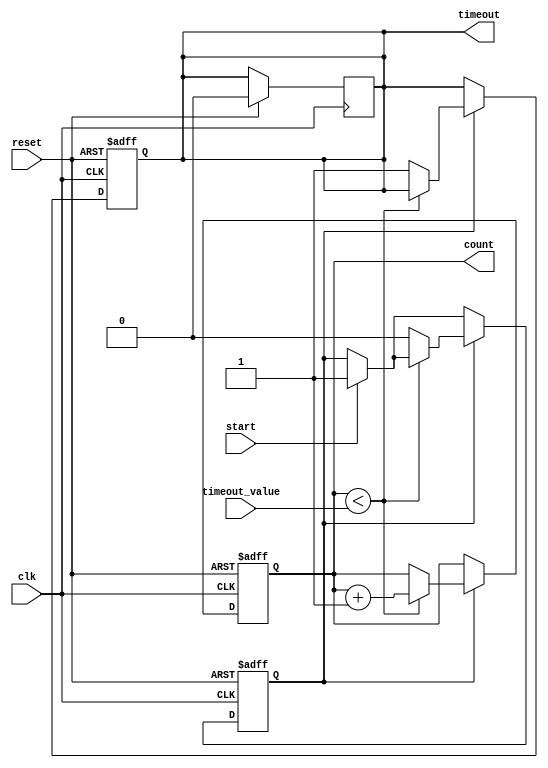
module timeout_counter #(
    parameter COUNTER_WIDTH = 8 // Parameterized width of the counter
)(
    input wire clk,                // Clock input
    input wire reset,              // Asynchronous active-high reset
    input wire start,              // Active-high signal to start counting
    input wire [COUNTER_WIDTH-1:0] timeout_value, // Timeout value in clock cycles
    output reg timeout,            // Active-high timeout signal
    output reg [COUNTER_WIDTH-1:0] count // Current count value
);

    // State to indicate if counting is active
    reg counting;

    // Synchronous reset and counting logic
    always @(posedge clk or posedge reset) begin
        if (reset) begin
            count <= 0;             // Reset the count to zero
            timeout <= 0;           // Clear the timeout signal
            counting <= 0;          // Stop counting
        end else begin
            if (start) begin
                counting <= 1;       // Start counting when 'start' is high
            end
            
            if (counting) begin
                if (count < timeout_value) begin
                    count <= count + 1; // Increment count
                end else begin
                    timeout <= 1;       // Set timeout signal
                    counting <= 0;      // Stop counting
                end
            end
        end
    end

    // Logic to handle timeout reset
    always @(posedge clk) begin
        if (reset) begin
            timeout <= 0; // Clear timeout on reset
        end else if (timeout) begin
            // Timeout remains high until reset
            // No additional logic required here
        end
    end

endmodule